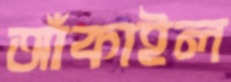
আঁকাইল